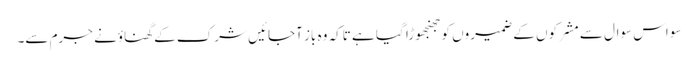
سو اس سوال سے مشرکوں کے ضمیروں کو جھنجھوڑا گیا ہے تاکہ وہ باز آجائیں شرک کے گھناؤنے جرم سے۔